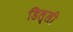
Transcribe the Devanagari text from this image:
डिल्ली